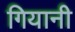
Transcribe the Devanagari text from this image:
गियानी